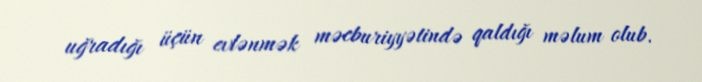
uğradığı üçün evlənmək məcburiyyətində qaldığı məlum olub.